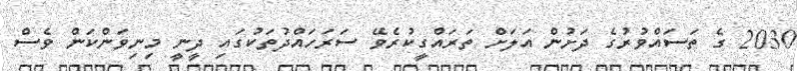
2030 ގެ ތަސައްވުރުގެ ދަށުން އަލަށް ތަރައްގީކުރެވޭ ސަރަހައްދުތަކުގައި ދީނީ މިނިވަންކަން ވެސް